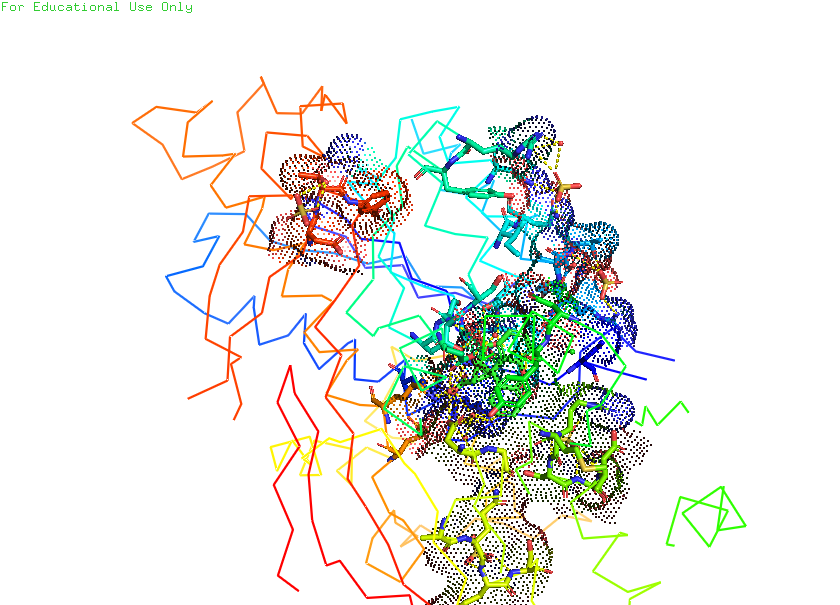
pymol, preset, ligand_sites_dots